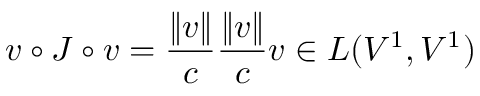
v \circ J \circ v = \frac { \| v \| } { c } \frac { \| v \| } { c } v \in L ( V ^ { 1 } , V ^ { 1 } )